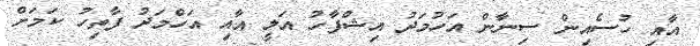
އާއި ހުސެއިން ސިނާން އަހުމަދު އިޝްފާހު އަލީ އާއި އަހްމަދު ފާތިހު ކަމަށް